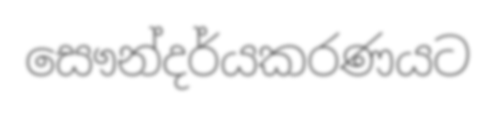
සෞන්දර්යකරණයට